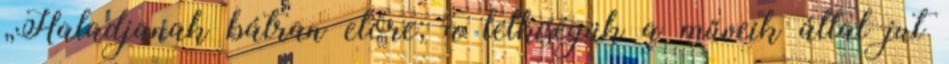
„Haladjanak bátran előre; a lelkiségük a műveik által jut